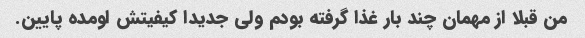
من قبلا از مهمان چند بار غذا گرفته بودم ولی جدیدا کیفیتش اومده پایین.